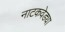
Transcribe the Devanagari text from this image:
नाटकवेड्या